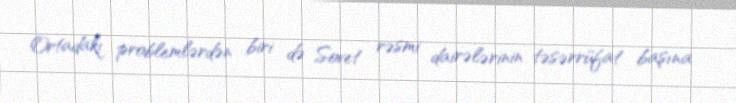
Ortadakı problemlərdən biri də Sovet rəsmi dairələrinin təsərrüfat başına